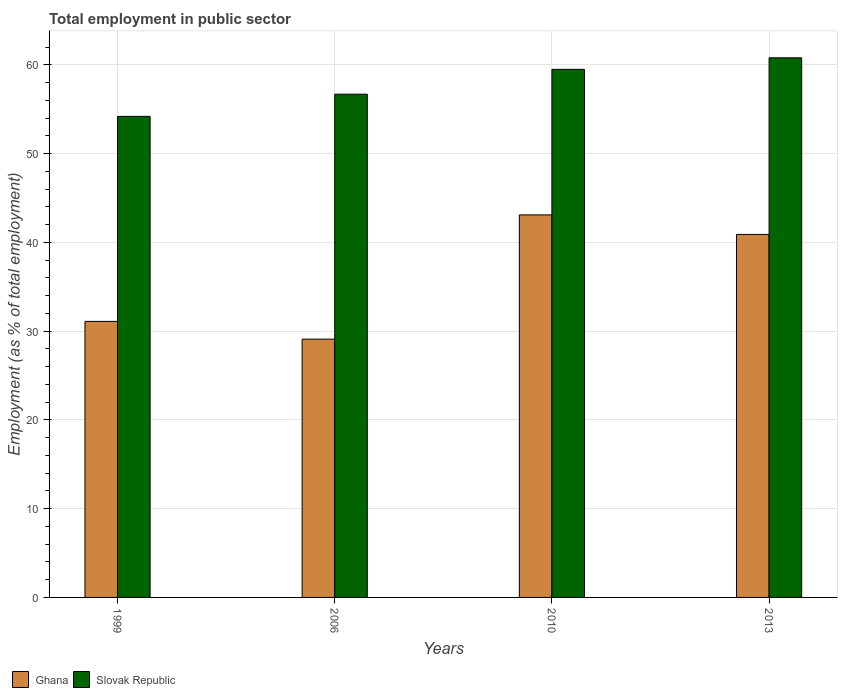
| Years | Ghana | Slovak Republic |
 | --- | --- | --- |
 | 1999 | 31.1 | 54.2 |
 | 2006 | 29.1 | 56.7 |
 | 2010 | 43.1 | 59.5 |
 | 2013 | 40.9 | 60.8 |